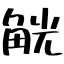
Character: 觥